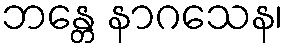
ဘန္တေ နာဂသေန၊